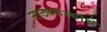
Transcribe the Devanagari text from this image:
नाट्यसंस्थांचे